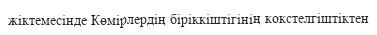
жіктемесінде Көмірлердің біріккіштігінің кокстелгіштіктен